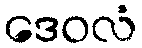
ဒေဝလံ